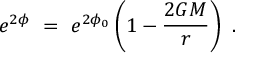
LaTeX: e ^ { 2 \phi } ~ = ~ e ^ { 2 \phi _ { 0 } } \left( 1 - \frac { 2 G M } { r } \right) ~ .